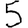
Digit: 5